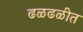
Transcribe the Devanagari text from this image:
ढळढळीत